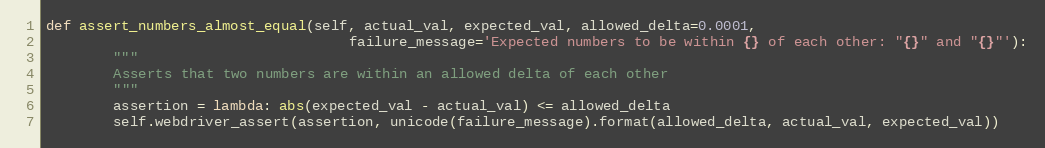
Language: Python
def assert_numbers_almost_equal(self, actual_val, expected_val, allowed_delta=0.0001,
                                    failure_message='Expected numbers to be within {} of each other: "{}" and "{}"'):
        """
        Asserts that two numbers are within an allowed delta of each other
        """
        assertion = lambda: abs(expected_val - actual_val) <= allowed_delta
        self.webdriver_assert(assertion, unicode(failure_message).format(allowed_delta, actual_val, expected_val))